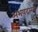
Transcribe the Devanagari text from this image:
अभयदानम्